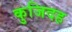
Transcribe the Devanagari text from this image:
कुजिदह